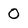
Character: 0